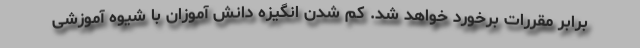
برابر مقررات برخورد خواهد شد. کم شدن انگیزه دانش آموزان با شیوه آموزشی